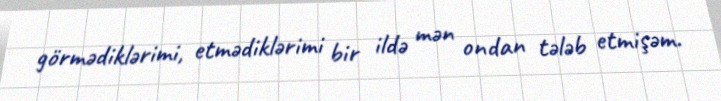
görmədiklərimi, etmədiklərimi bir ildə mən ondan tələb etmişəm.